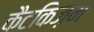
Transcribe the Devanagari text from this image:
कैटकिज़म